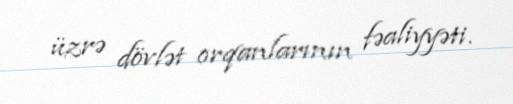
üzrə dövlət orqanlarının fəaliyyəti.